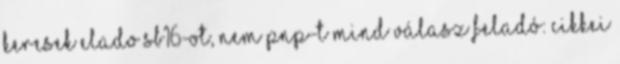
keresek elado SB16-ot, nem PNP-t mind VÁLASZ Feladó: cikkei